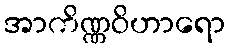
အာကိဏ္ဏဝိဟာရော